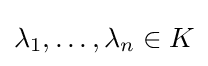
\lambda _{1},\ldots ,\lambda _{n}\in K